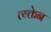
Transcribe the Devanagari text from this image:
त्य्क्तेन